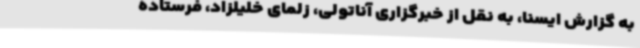
به گزارش ایسنا، به نقل از خبرگزاری آناتولی، زلمای خلیلزاد، فرستاده